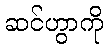
ဆင်ဟွာကို